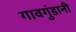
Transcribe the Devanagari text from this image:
गावगुंडानी